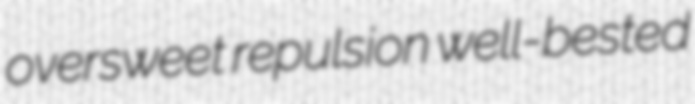
oversweet repulsion well-bested